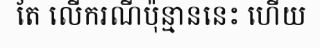
តែ លើករណីប៉ុន្មាននេះ ហើយ